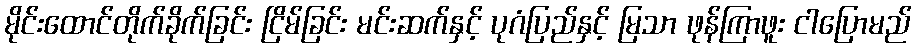
မိုင်းထောင်တိုက်ခိုက်ခြင်း ငြိမ်ခြင်း မင်းဆက်နှင့် ပုဂံပြည်နှင့် မြသာ ဖုန်ကြာဖူး ငါပြောမည်